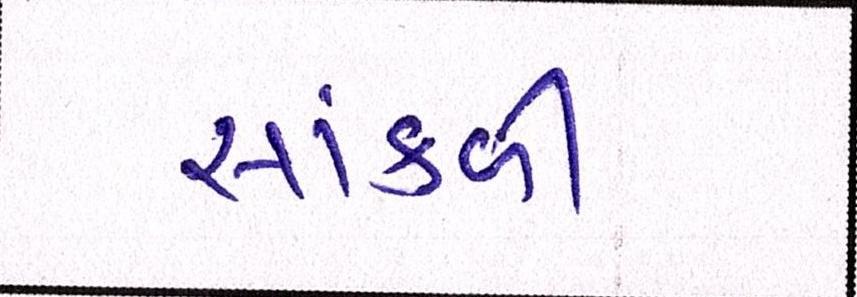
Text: સાંકળી